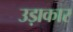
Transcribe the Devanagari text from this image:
उड़ाकार